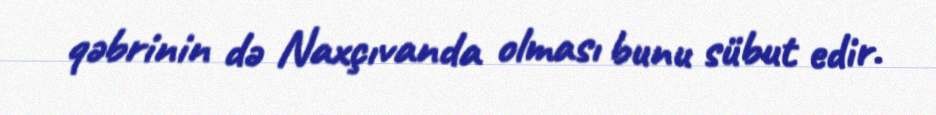
qəbrinin də Naxçıvanda olması bunu sübut edir.